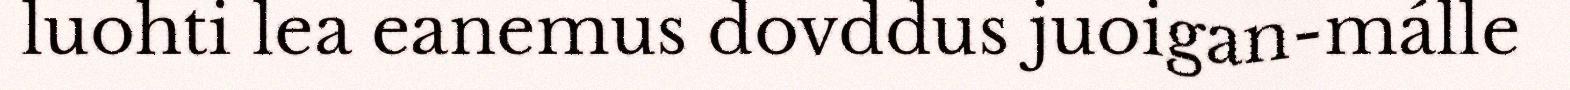
luohti lea eanemus dovddus juoigan-málle